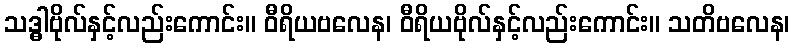
သဒ္ဓါဗိုလ်နှင့်လည်းကောင်း။ ဝီရိယဗလေန၊ ဝီရိယဗိုလ်နှင့်လည်းကောင်း။ သတိဗလေန၊